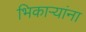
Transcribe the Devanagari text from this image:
भिकाऱ्यांना